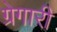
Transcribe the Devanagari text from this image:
ग्रेगारी